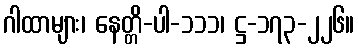
ဂါထာများ၊ နေတ္တိ-ပါ-၁၁၁၊ ဋ္ဌ-၁၇၃-၂၂၆။